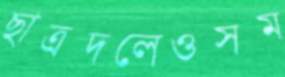
ছাত্রদলেওসম